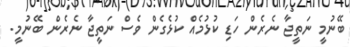
ބޭނުމީ ނަތީޖާ ނެރެން ހަޑި ކުޅުމެއް ކުޅެގެން ވެސް ނަތީޖާ ނެރެން ބޭނުމީ.